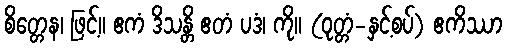
စိတ္တေန၊ ဖြင့်။ ဧကံ ဒိသန္တိ ဧတံ ပဒံ၊ ကို။ (ဝုတ္တံ-နှင့်စပ်) ဧကိဿာ